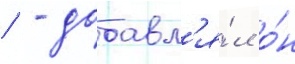
/ - добавл'я́л о́н